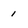
Character: 1